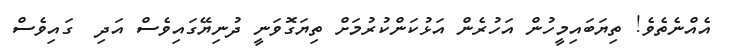
އެއްނެތެވެ! ތިޔަބައިމީހުން އަހުރެން އަޅުކަންކުރުމަށް ތިޔަގޮވަނީ ދުނިޔޭގައިވެސް އަދި  ގައިވެސް